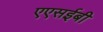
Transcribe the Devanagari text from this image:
एएसईबी